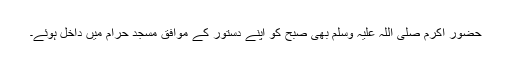
حضور اکرم صلی اللہ علیہ وسلم بھی صبح کو اپنے دستور کے موافق مسجد حرام میں داخل ہوئے۔